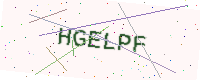
Text: HGELPF